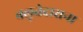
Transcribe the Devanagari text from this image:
बलूतेदाराना